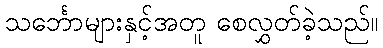
သင်္ဘောများနှင့်အတူ စေလွှတ်ခဲ့သည်။